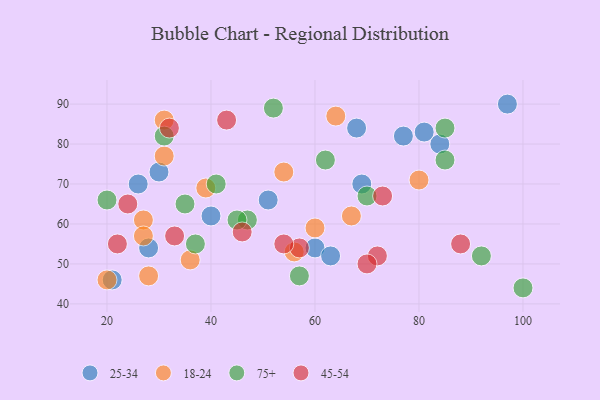
{"axis": {"x": "GDP", "y": "Life Expectancy"}, "legend": ["18-24", "25-34", "45-54", "75+"], "data": [{"x": "97", "y": 90, "type": "25-34"}, {"x": "26", "y": 70, "type": "25-34"}, {"x": "28", "y": 54, "type": "25-34"}, {"x": "68", "y": 84, "type": "25-34"}, {"x": "69", "y": 70, "type": "25-34"}, {"x": "84", "y": 80, "type": "25-34"}, {"x": "30", "y": 73, "type": "25-34"}, {"x": "21", "y": 46, "type": "25-34"}, {"x": "77", "y": 82, "type": "25-34"}, {"x": "81", "y": 83, "type": "25-34"}, {"x": "51", "y": 66, "type": "25-34"}, {"x": "60", "y": 54, "type": "25-34"}, {"x": "63", "y": 52, "type": "25-34"}, {"x": "40", "y": 62, "type": "25-34"}, {"x": "60", "y": 59, "type": "18-24"}, {"x": "56", "y": 53, "type": "18-24"}, {"x": "39", "y": 69, "type": "18-24"}, {"x": "28", "y": 47, "type": "18-24"}, {"x": "31", "y": 77, "type": "18-24"}, {"x": "54", "y": 73, "type": "18-24"}, {"x": "64", "y": 87, "type": "18-24"}, {"x": "27", "y": 61, "type": "18-24"}, {"x": "27", "y": 57, "type": "18-24"}, {"x": "36", "y": 51, "type": "18-24"}, {"x": "20", "y": 46, "type": "18-24"}, {"x": "67", "y": 62, "type": "18-24"}, {"x": "80", "y": 71, "type": "18-24"}, {"x": "31", "y": 86, "type": "18-24"}, {"x": "57", "y": 47, "type": "75+"}, {"x": "47", "y": 61, "type": "75+"}, {"x": "31", "y": 82, "type": "75+"}, {"x": "37", "y": 55, "type": "75+"}, {"x": "85", "y": 76, "type": "75+"}, {"x": "85", "y": 84, "type": "75+"}, {"x": "45", "y": 61, "type": "75+"}, {"x": "70", "y": 67, "type": "75+"}, {"x": "41", "y": 70, "type": "75+"}, {"x": "52", "y": 89, "type": "75+"}, {"x": "20", "y": 66, "type": "75+"}, {"x": "92", "y": 52, "type": "75+"}, {"x": "62", "y": 76, "type": "75+"}, {"x": "35", "y": 65, "type": "75+"}, {"x": "100", "y": 44, "type": "75+"}, {"x": "57", "y": 54, "type": "45-54"}, {"x": "22", "y": 55, "type": "45-54"}, {"x": "24", "y": 65, "type": "45-54"}, {"x": "54", "y": 55, "type": "45-54"}, {"x": "88", "y": 55, "type": "45-54"}, {"x": "46", "y": 58, "type": "45-54"}, {"x": "72", "y": 52, "type": "45-54"}, {"x": "43", "y": 86, "type": "45-54"}, {"x": "70", "y": 50, "type": "45-54"}, {"x": "32", "y": 84, "type": "45-54"}, {"x": "73", "y": 67, "type": "45-54"}, {"x": "33", "y": 57, "type": "45-54"}]}